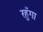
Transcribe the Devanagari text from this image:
रहुँगा